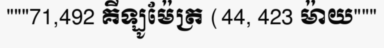
"""71,492 គីឡូម៉ែត្រ (44, 423 ម៉ាយ"""